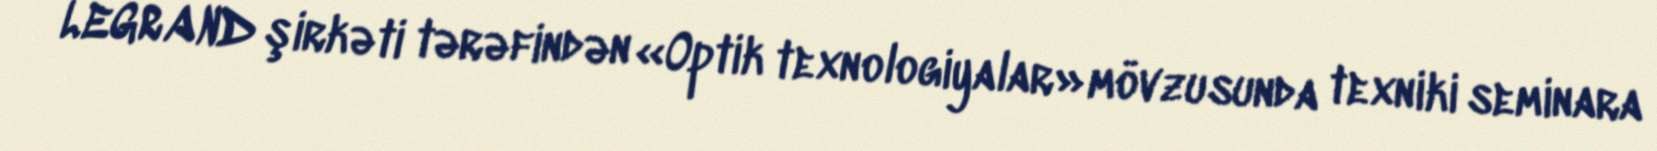
LEGRAND şirkəti tərəfindən «Optik texnologiyalar» mövzusunda texniki seminara